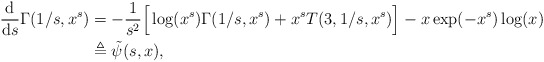
\begin{align*}\frac{\mathrm{d}}{\mathrm{d}s}\Gamma(1/s,x^s)&=-\frac{1}{s^2}\Big[\log (x^s) \Gamma(1/s,x^s)+x^s T(3,1/s,x^s)\Big]-x\exp(-x^s)\log(x)\\&\triangleq\tilde\psi(s,x),\end{align*}